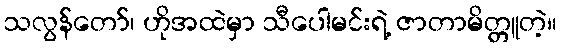
သလွန်တော်၊ ဟိုအထဲမှာ သီပေါမင်းရဲ့ ဇာတာမိတ္တူတဲ့။